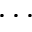
\cdot \cdot \cdot